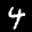
Label: 4